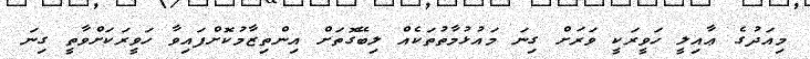
މިއަދުގެ ޢާއިލީ ހަވީރަކީ ވަރަށް ގިނަ މައުޅުމާތުތަކެއް ލިބޭގޮތަށް އިންތިޒާމުކޮށްފައިވާ ހަވީރަކަށްވާތީ ގިނަ